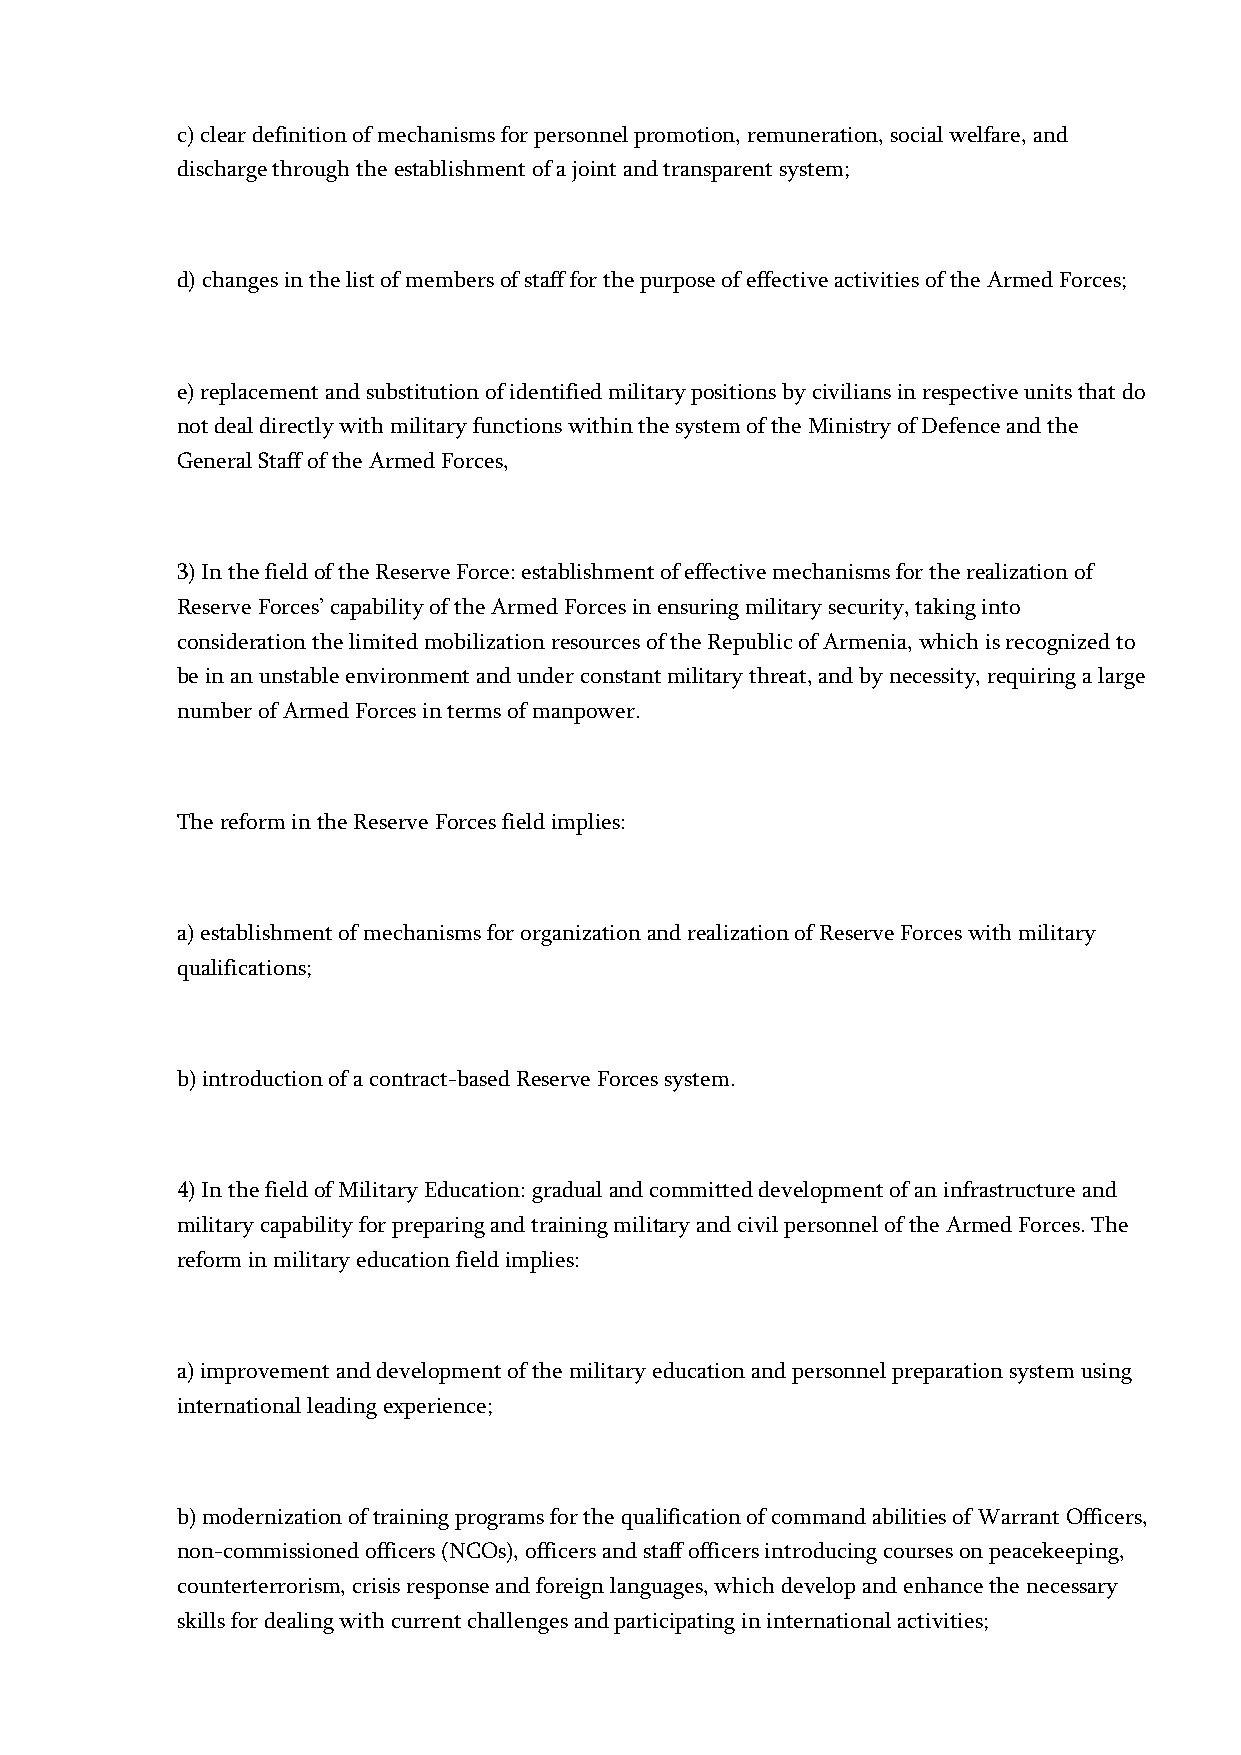
c) clear definition of mechanisms for personnel promotion, remuneration, social welfare, and
 discharge through the establishment of a joint and transparent system;
 d) changes in the list of members of staff for the purpose of effective activities of the Armed Forces;
 e) replacement and substitution of identified military positions by civilians in respective units that do
 not deal directly with military functions within the system of the Ministry of Defence and the
 General Staff of the Armed Forces,
 3) In the field of the Reserve Force: establishment of effective mechanisms for the realization of
 Reserve Forces’ capability of the Armed Forces in ensuring military security, taking into
 consideration the limited mobilization resources of the Republic of Armenia, which is recognized to
 be in an unstable environment and under constant military threat, and by necessity, requiring a large
 number of Armed Forces in terms of manpower.
 The reform in the Reserve Forces field implies:
 a) establishment of mechanisms for organization and realization of Reserve Forces with military
 qualifications;
 b) introduction of a contract-based Reserve Forces system.
 4) In the field of Military Education: gradual and committed development of an infrastructure and
 military capability for preparing and training military and civil personnel of the Armed Forces. The
 reform in military education field implies:
 a) improvement and development of the military education and personnel preparation system using
 international leading experience;
 b) modernization of training programs for the qualification of command abilities of Warrant Officers,
 non-commissioned officers (NCOs), officers and staff officers introducing courses on peacekeeping,
 counterterrorism, crisis response and foreign languages, which develop and enhance the necessary
 skills for dealing with current challenges and participating in international activities;